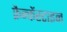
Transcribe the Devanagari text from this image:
फ्रैन्केंस्टाइन